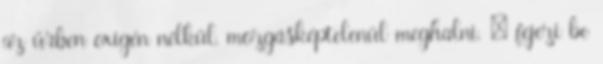
az űrben oxigén nélkül, mozgásképtelenül meghalni. – fejezi be